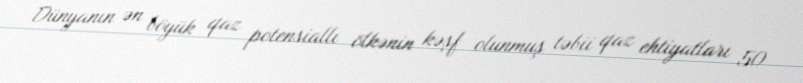
Dünyanın ən böyük qaz potensiallı ölkənin kəşf olunmuş təbii qaz ehtiyatları 50